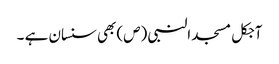
آجکل مسجد النبی (ص) بھی سنسان ہے ۔